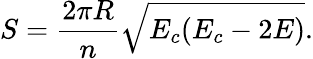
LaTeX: S=\frac{2\pi R}{n}\sqrt{E_{c}(E_{c}-2E)}.